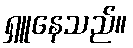
ရှူနေသည်။